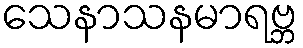
သေနာသနမာရဗ္ဘ